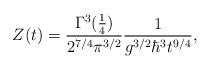
LaTeX: \begin{align*}Z(t) = {\Gamma^3({1\over4}) \over 2^{7/4} \pi^{3/2}}{1\over g^{3/2}\hbar^3 t^{9/4}},\end{align*}